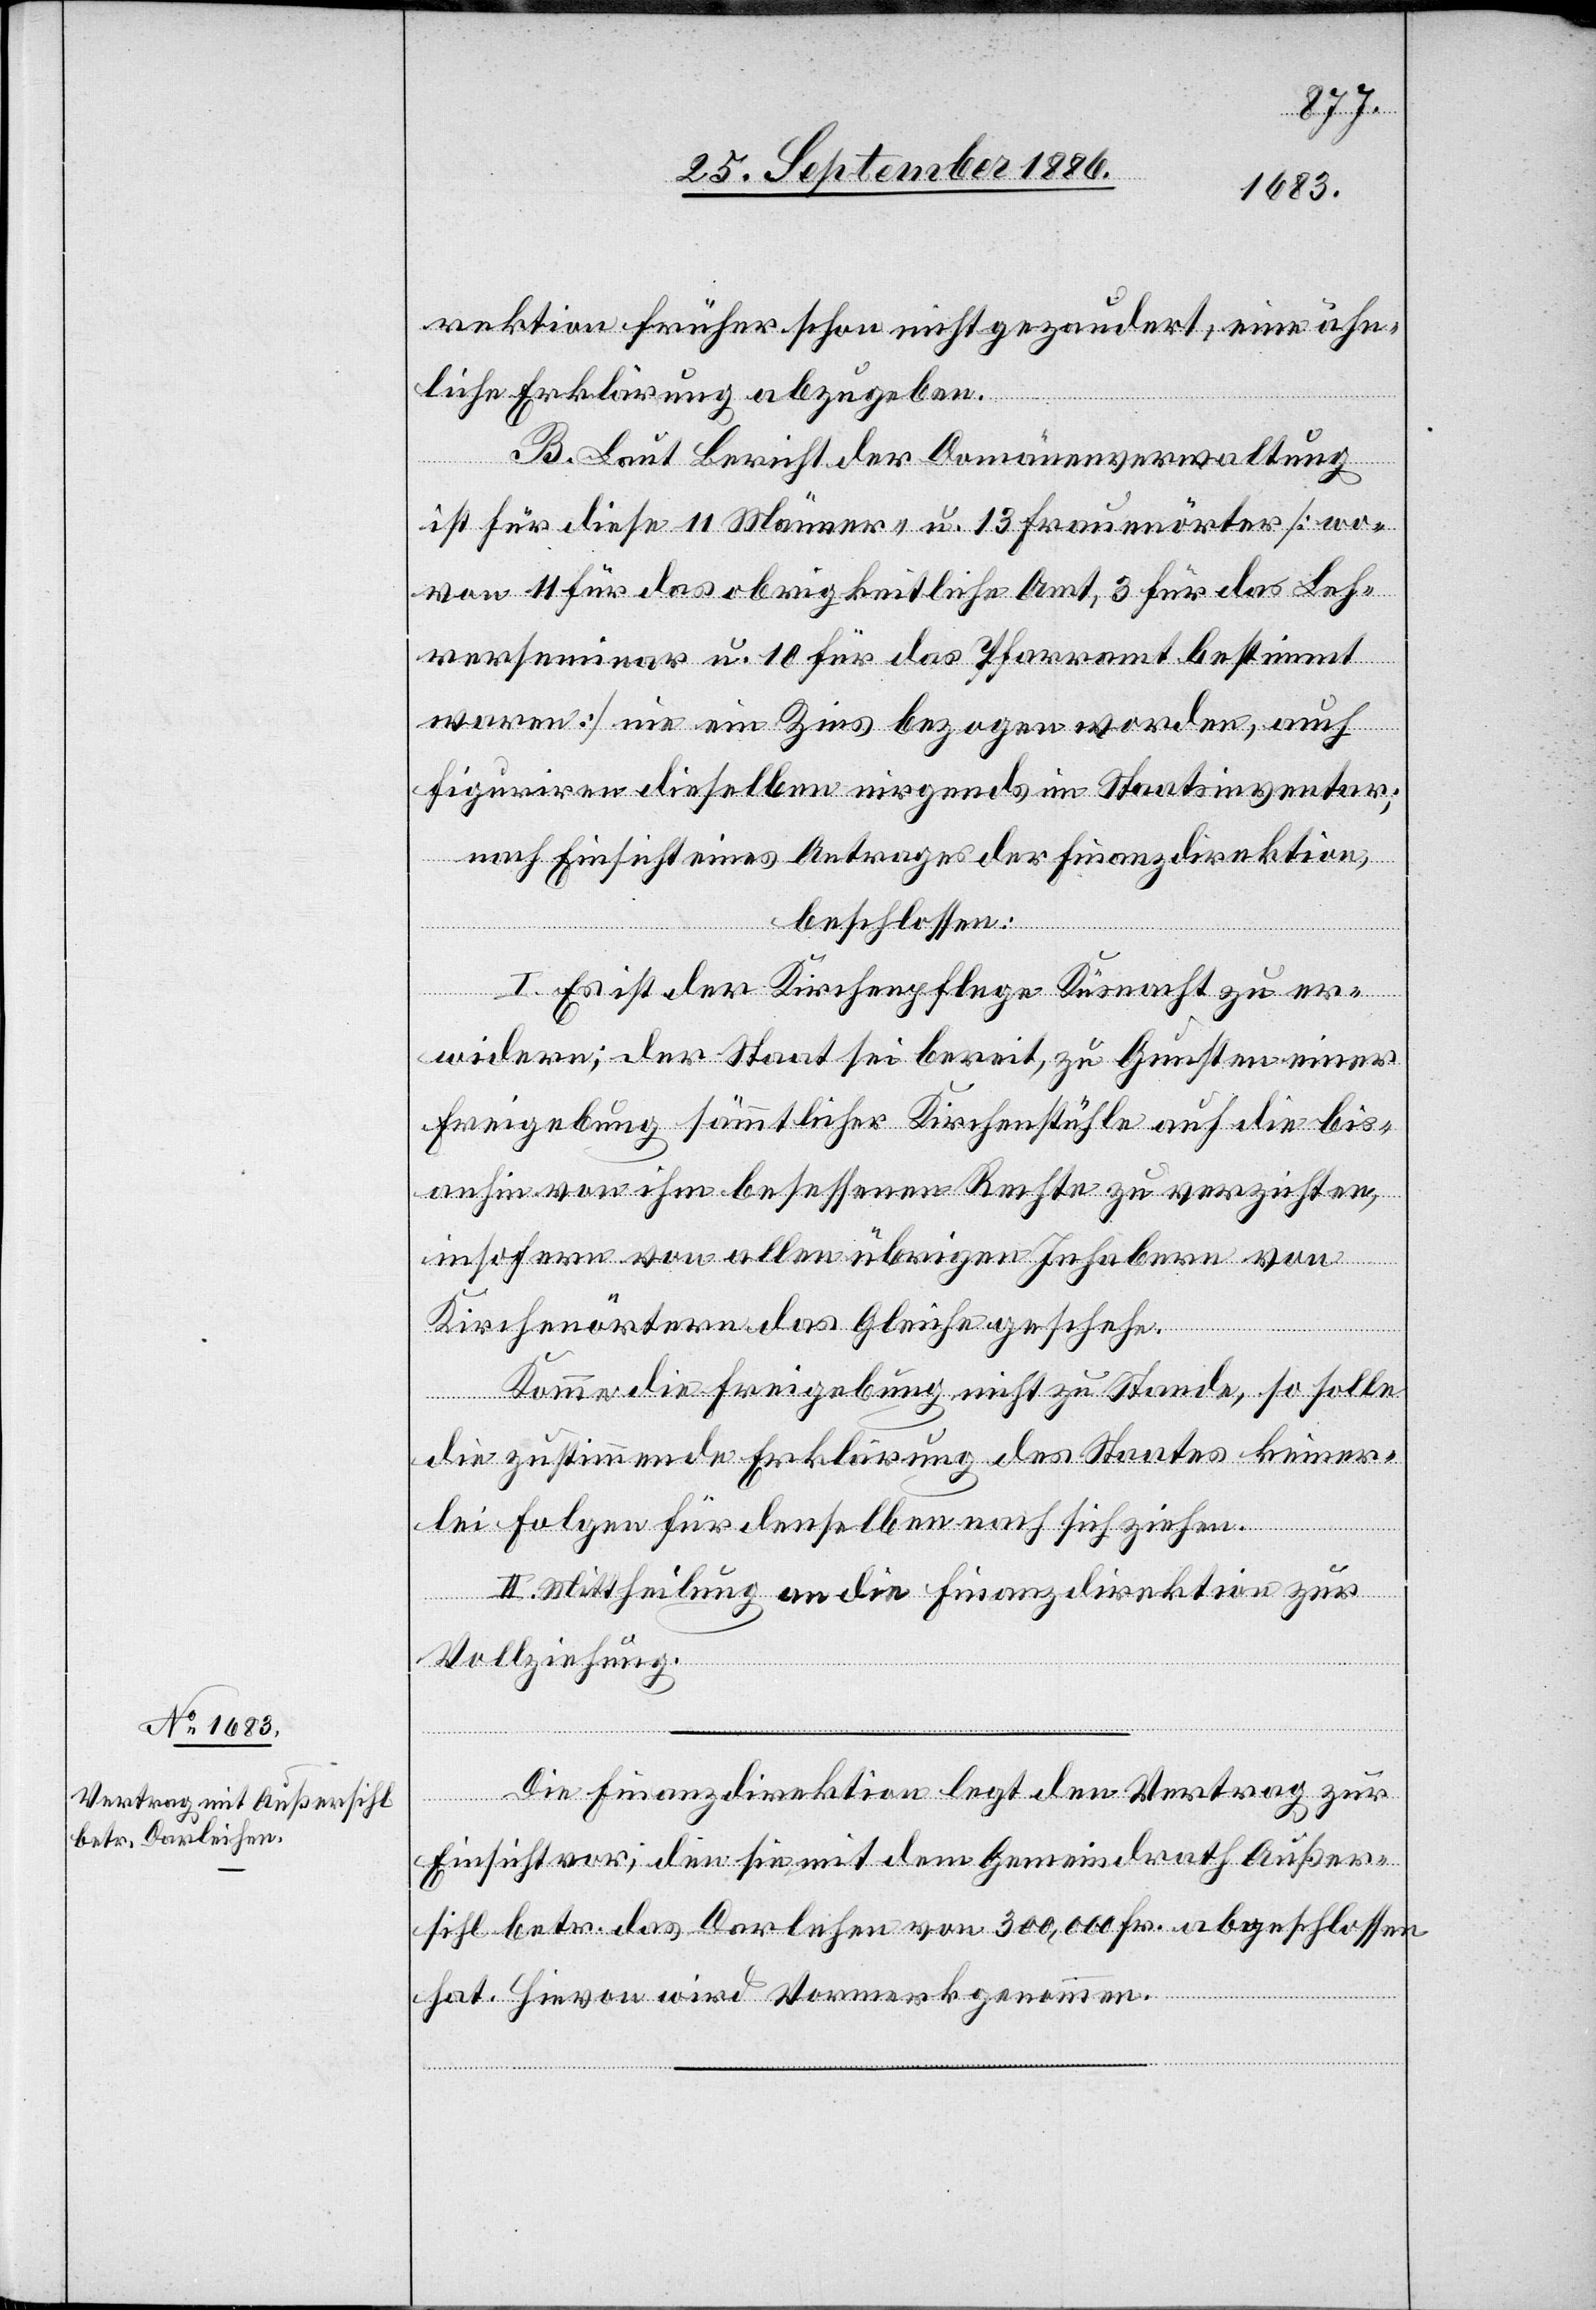
rektion früher schon nicht gezaudert, eine ähn¬
liche Erklärung abzugeben.
B. Laut Bericht der Domänenverwaltung
ist für diese 11 Männer- u. 13 Frauenörter [wo¬
von 11 für das obrigkeitliche Amt, 3 für das Lehr¬
erseminar u. 10 für das Pfarramt bestimmt
waren] nie ein Zins bezogen worden, auch
figuriren dieselben nirgends im Staatsinventar;
nach Einsicht eines Antrages der Finanzdirektion,
beschlossen
I. Es ist der Kirchenpflege Küsnacht zu er¬
widern, der Staat sei bereit, zu Gunsten einer
Freigebung sämmtlicher Kirchenstühle auf die bis¬
anhin von ihm besessenen Rechte zu verzichten,
insofern von allen übrigen Inhabern von
Kirchenörtern das Gleiche geschehe.
Komme die Freigebung nicht zu Stande, so solle
die zustimmende Erklärung des Staates keiner¬
lei Folgen für denselben nach sich ziehen.
II. Mittheilung an die Finanzdirektion zur
Vollziehung.
Die Finanzdirektion legt den Vertrag zur
Einsicht vor, den sie mit dem Gemeindrath Außer¬
sihl betr. das Darlehen von 300,000 Fr. abgeschlossen
hat. Hievon wird Vormerk genommen.